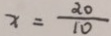
x = \frac { \alpha 0 } { 1 0 }